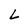
Character: L